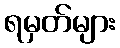
ရမှတ်များ